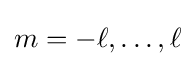
m=-\ell ,\dots ,\ell